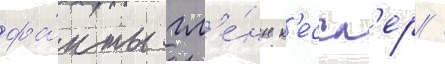
фа́кты гл'е́нн к'ессл'ер /